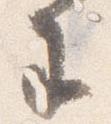
王